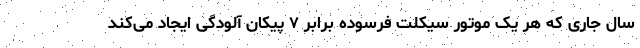
سال جاری که هر یک موتور سیکلت فرسوده برابر ۷ پیکان آلودگی ایجاد می‌کند